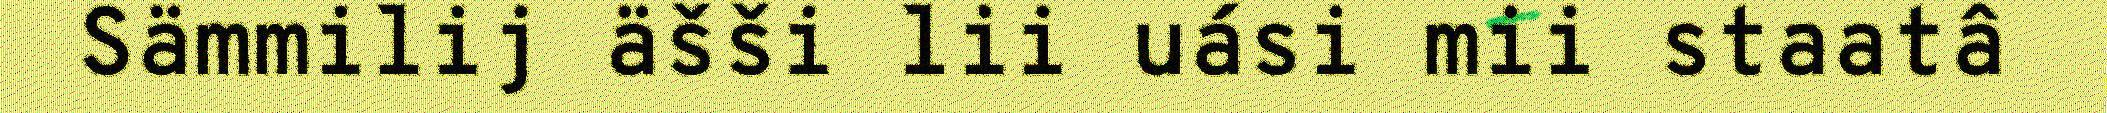
Sämmilij äšši lii uási mii staatâ